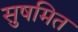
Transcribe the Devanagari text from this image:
सुषमित